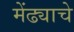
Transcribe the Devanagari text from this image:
मेंढ्याचे